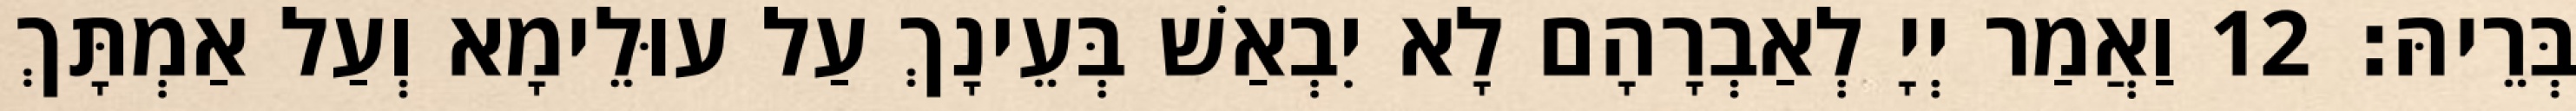
בְּרֵיהּ׃ 12 וַאֲמַר יְיָ לְאַבְרָהָם לָא יִבְאַשׁ בְּעֵינָךְ עַל עוּלֵימָא וְעַל אַמְתָּךְ